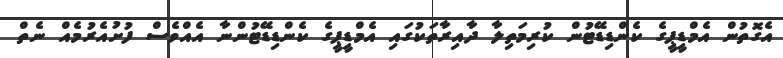
އެގޮތުން އެމްޑީޕީގެ ކެންޑިޑޭޓުން ކުރިމަތިލާ ދާއިރާތަކުގައި އެމްޑީޕީގެ ކެންޑިޑޭޓުންނާ އެއްވެސް ފުށުއެރުމެއް ނެތް